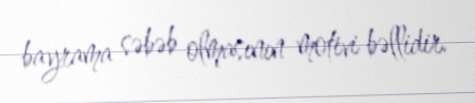
bayrama səbəb olmasının motivi bəllidir.